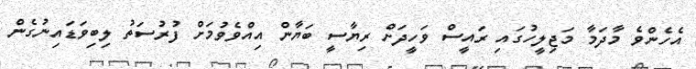
އެހެންވެ މާދަމާ މަޖިލީހުގައި ރައީސް ވަހީދަށް ރިޔާސީ ބަޔާން އިއްވެވުމަށް ފުރުސަތު ލިބިވަޑައިނުގެން